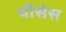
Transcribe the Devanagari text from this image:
चौसेस